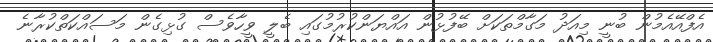
އެފްއޭއެމުން ބުނީ މިއަދު މަގާމްތަކަށް ބޭފުޅުން އައްޔަންކުރުމުގައި ބެލީ ވީހާވެސް ގުޅިގެން މަސައްކަތްކުރާނެ